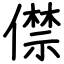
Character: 僸